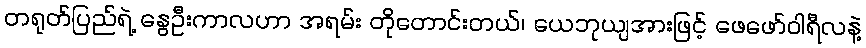
တရုတ်ပြည်ရဲ့ နွေဦးကာလဟာ အရမ်း တိုတောင်းတယ်၊ ယေဘုယျအားဖြင့် ဖေဖော်ဝါရီလနဲ့